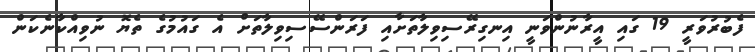
ފެބުރުވަރީ 19 ގައި އީރާނުންވަނީ އިނގިރޭސިވިލާތަށާއި ފަރަންސޭސިވިލާތަށް އެ ގައުމުގެ ތެޔޮ ނުވިއްކާނެކަން